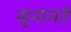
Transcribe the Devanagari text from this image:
सुनानते